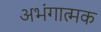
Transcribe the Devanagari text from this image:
अभंगात्मक